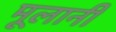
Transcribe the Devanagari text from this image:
मूलानी